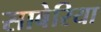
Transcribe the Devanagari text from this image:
साबेरिया